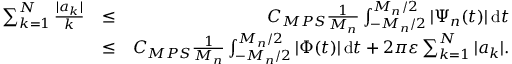
\begin{array} { r l r } { \sum _ { k = 1 } ^ { N } \frac { | a _ { k } | } { k } } & { \leq } & { C _ { M P S } \frac { 1 } { M _ { n } } \int _ { - M _ { n } / 2 } ^ { M _ { n } / 2 } | \Psi _ { n } ( t ) | \, \mathrm { d } t } \\ & { \leq } & { C _ { M P S } \frac { 1 } { M _ { n } } \int _ { - M _ { n } / 2 } ^ { M _ { n } / 2 } | \Phi ( t ) | \, \mathrm { d } t + 2 \pi \varepsilon \sum _ { k = 1 } ^ { N } | a _ { k } | . } \end{array}